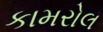
કામરોલ